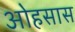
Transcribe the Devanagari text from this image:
ओहसास